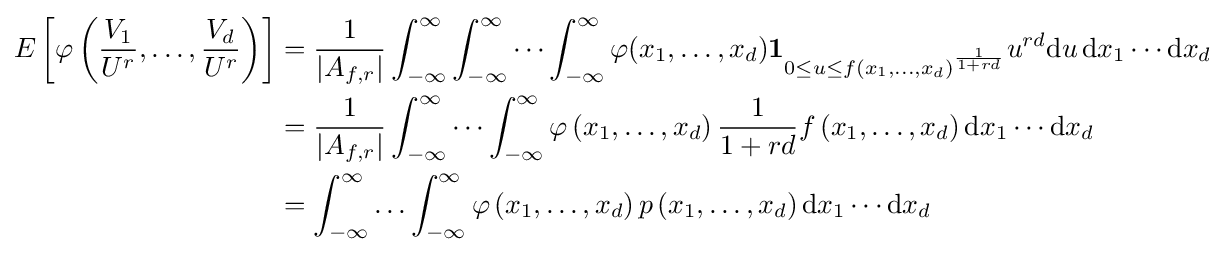
{\begin{aligned}E\left[\varphi \left({\frac {V_{1}}{U^{r}}},\ldots ,{\frac {V_{d}}{U^{r}}}\right)\right]&={\frac {1}{|A_{f,r}|}}\int _{-\infty }^{\infty }\int _{-\infty }^{\infty }\cdots \int _{-\infty }^{\infty }\varphi (x_{1},\ldots ,x_{d})\mathbf {1} _{0\leq u\leq f(x_{1},\ldots ,x_{d})^{\frac {1}{1+rd}}}u^{rd}\mathrm {d} u\,\mathrm {d} x_{1}\cdots \mathrm {d} x_{d}\\&={\frac {1}{|A_{f,r}|}}\int _{-\infty }^{\infty }\cdots \int _{-\infty }^{\infty }\varphi \left(x_{1},\ldots ,x_{d}\right){\frac {1}{1+rd}}f\left(x_{1},\ldots ,x_{d}\right)\mathrm {d} x_{1}\cdots \mathrm {d} x_{d}\\&=\int _{-\infty }^{\infty }\ldots \int _{-\infty }^{\infty }\varphi \left(x_{1},\ldots ,x_{d}\right)p\left(x_{1},\ldots ,x_{d}\right)\mathrm {d} x_{1}\cdots \mathrm {d} x_{d}\end{aligned}}